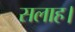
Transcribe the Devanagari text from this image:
सलाह।